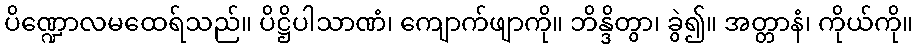
ပိဏ္ဍောလမထေရ်သည်။ ပိဋ္ဌိပါသာဏံ၊ ကျောက်ဖျာကို။ ဘိန္ဒိတွာ၊ ခွဲ၍။ အတ္တာနံ၊ ကိုယ်ကို။